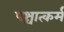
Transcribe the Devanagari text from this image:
पश्चात्कर्म